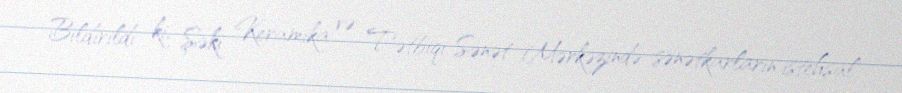
Bildirildi ki, Şəki Keramika və Tətbiqi Sənət Mərkəzində sənətkarların istehsal